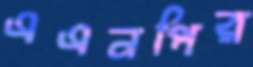
এএনপির